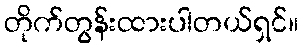
တိုက်တွန်းထားပါတယ်ရှင်။